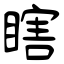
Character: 瞎